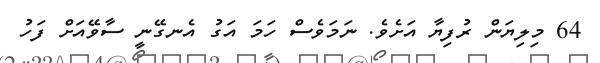
64 މިލިޔަން ރުފިޔާ އަށެވެ. ނަމަވެސް ހަމަ އަގު އެނގޭނީ ސާވޭއަށް ފަހު